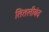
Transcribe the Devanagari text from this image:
तितलीबंद